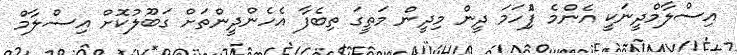
އިސްލާމްދީނަކީ އެންމެ ފުެިހަމަ ދީން މިދީން މަތީގަ ތިބެފާ އެހެންދީންތަށް ގަބޫލުކޮށް އިސްލާމް